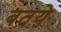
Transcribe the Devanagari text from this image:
बतये